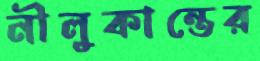
নীলুকান্তের